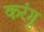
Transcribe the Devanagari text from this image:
करंगु